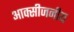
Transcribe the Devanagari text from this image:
आक्सीजनीय